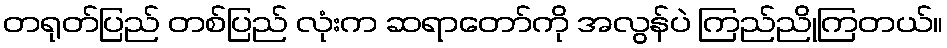
တရုတ်ပြည် တစ်ပြည် လုံးက ဆရာတော်ကို အလွန်ပဲ ကြည်ညိုကြတယ်။